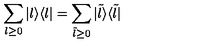
\sum _ { l \geq 0 } | l \rangle \langle l | = \sum _ { \tilde { l } \geq 0 } | \tilde { l } \rangle \langle \tilde { l } |